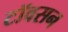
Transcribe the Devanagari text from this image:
टॉवसन